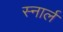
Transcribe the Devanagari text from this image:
स्नार्ल